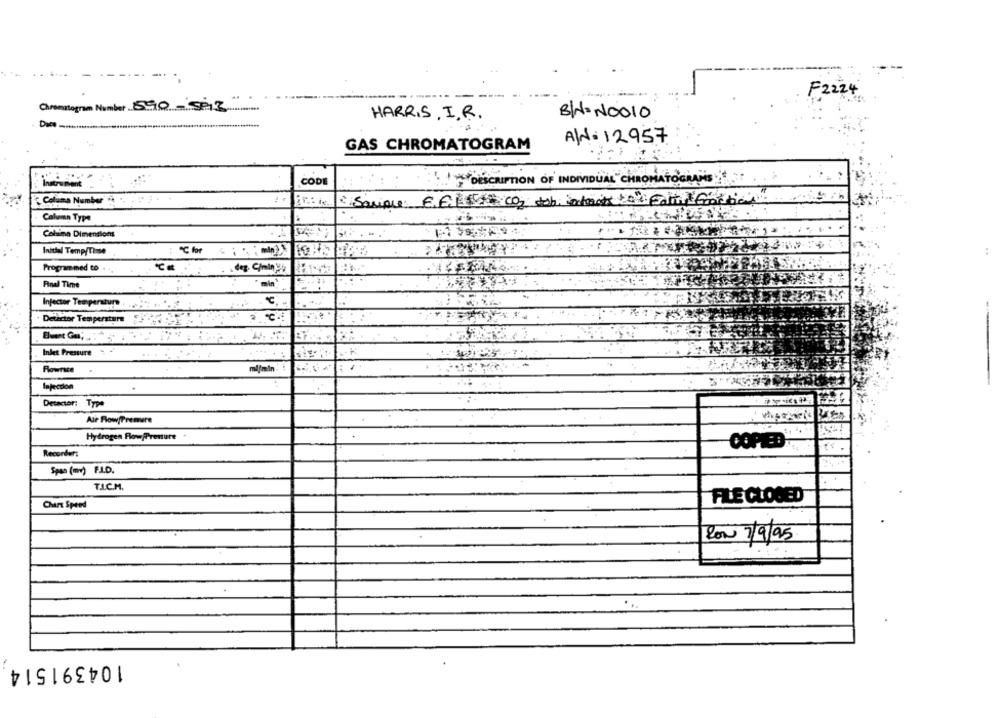
F2224
Christornam Number 590-5013
BIN= NO010
HARRIS, I.R.
AN. 12957
GAS CHROMATOGRAM
CODE
instrument
." DESCRIPTION OF INDIVIDUAL" CHROMATOGRANS
Coloma Number' .. . . .
" Souple E.E.ICH Co2
Caluman Type
Coluimo Dimention
Inicial Temp/Timse
:℃ for
Programmed to . .
. deg. C/min
Final Time
min
Injector Temperature
Detector Temperstare
Inlet Presure
ml/min.
Rowrace
Injection
Detactor: Type
Air Flow/Premure
Hydrogen Flow Pressure
COPIED .,,
Recorder:
Spao (mv) F.A.D.
T.I.C.M.
FILE CLOSED
Chart Speed
Ron 7/9/95
104391514